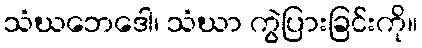
သံဃဘေဒေါ၊ သံဃာ ကွဲပြားခြင်းကို။